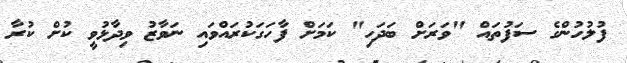
ފުލުހުންގެ ސަފުތައް "ވަރަށް ބަދަހި" ކަމަށް ފާހަގަކުރައްވައި ނަވާޒު ވިދާޅުވީ ކުށް ކުރާ